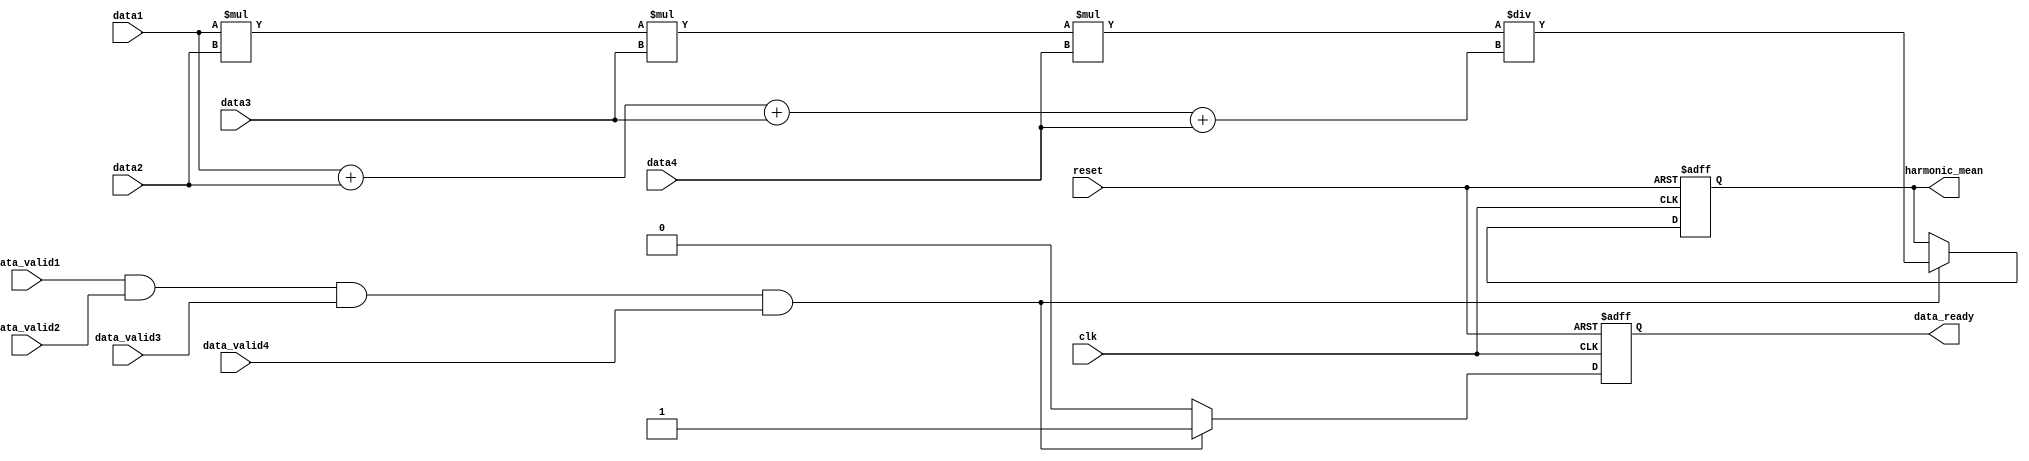

module HarmonicMean (
    input wire clk,
    input wire reset,
    input wire [15:0] data1,
    input wire [15:0] data2,
    input wire [15:0] data3,
    input wire [15:0] data4,
    input wire data_valid1,
    input wire data_valid2,
    input wire data_valid3,
    input wire data_valid4,
    output reg [15:0] harmonic_mean,
    output reg data_ready
);

always @(posedge clk or posedge reset) begin
    if (reset) begin
        harmonic_mean <= 0;
        data_ready <= 0;
    end else if (data_valid1 && data_valid2 && data_valid3 && data_valid4) begin
        //   :
        //harmonic_mean <= 4 * 65536 / ((65536 / data1) + (65536 / data2) + (65536 / data3) + (65536 / data4));
        
        //    
        harmonic_mean <= (data1 * data2 * data3 * data4) / (data1 + data2 + data3 + data4);
        
        data_ready <= 1;
    end else begin
        data_ready <= 0;
    end
end

endmodule